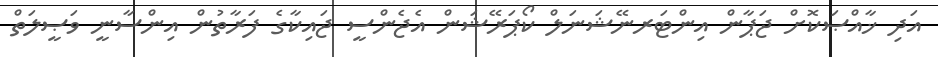
އަދި ޚާއްޞަކޮށް ޖަޕާން އިންޓަރނޭޝަނަލް ކޯޕަރޭޝަން އެޖެންސީ ޖައިކާގެ ފަރާތުން އިންސާނީ ވަޞީލަތް